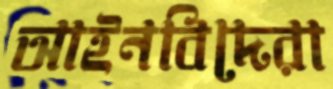
আইনবিদেরা